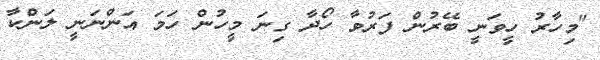
"މިހާރު ހީވަނީ ބޭރުން ފަރުވާ ހޯދާ ގިނަ މީހުން ހަމަ އަންނަނީ ލަންކާ